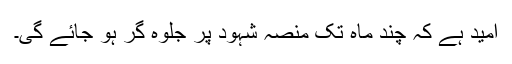
امید ہے کہ چند ماہ تک منصہ شہود پر جلوہ گر ہو جائے گی۔